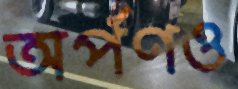
অর্পণও